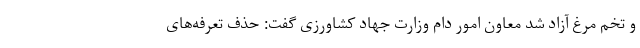
و تخم مرغ آزاد شد معاون امور دام وزارت جهاد کشاورزی گفت: حذف تعرفه‌های